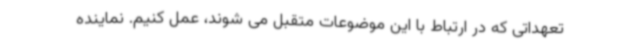
تعهداتی که در ارتباط با این موضوعات متقبل می شوند، عمل کنیم. نماینده